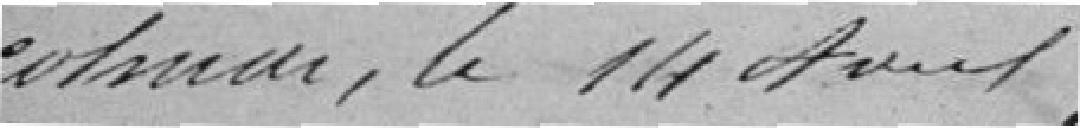
Colmar, le 14 Août